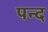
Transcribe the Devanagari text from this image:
पन्द